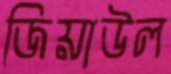
জিয়াউল